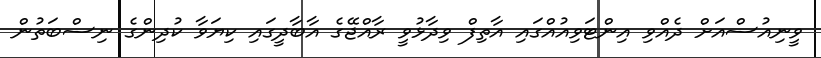
ވީނިއުސްއަށް ދެއްވި އިންޓަވިއުއްގައި އާތިފް ވިދާޅުވީ ރާއްޖޭގެ އާބާދީގައި ކިޔަވާ ކުދިންގެ ނިސްބަތުން